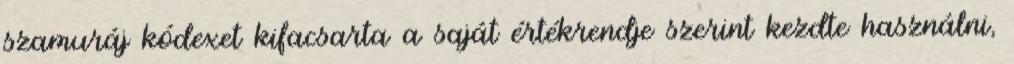
szamuráj kódexet kifacsarta a saját értékrendje szerint kezdte használni,